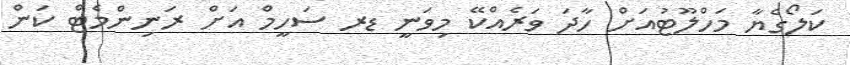
ކަލޯގެޔާ މަހްލޫޓުއަށް ހާދަ ވަރެއްކޭ މިވަނީ ޑރ ސަހީމް އަށް ރަނިންމެޓް ކަން